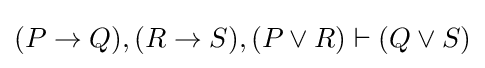
(P\to Q),(R\to S),(P\lor R)\vdash (Q\lor S)